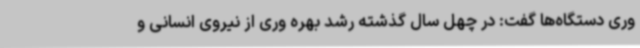
وری دستگاه‌ها گفت: در چهل سال گذشته رشد بهره وری از نیروی انسانی و